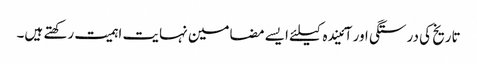
تاریخ کی درستگی اور آئیندہ کیلئے ایسے مضامین نہایت اہمیت رکھتے ہیں۔